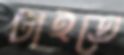
টাইতে